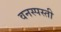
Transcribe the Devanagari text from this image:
वनस्पस्ती